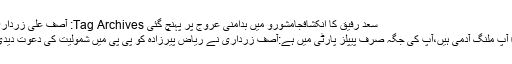
سعد رفیق کا انکشافجامشورو میں بدامنی عروج پر پہنچ گئی Tag Archives: آصف علی زرداری
0 آپ ملنگ آدمی ہیں،آپ کی جگہ صرف پیپلز پارٹی میں ہے:آصف زرداری نے ریاض پیرزادہ کو پی پی میں شمولیت کی دعوت دیدی۔